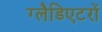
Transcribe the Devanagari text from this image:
ग्लैडिएटरों